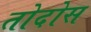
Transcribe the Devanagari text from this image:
तोदोस